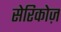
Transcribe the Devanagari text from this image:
सेरिकोज़